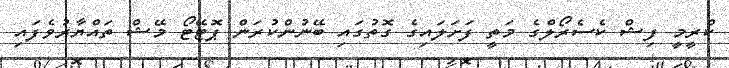
ކްރީމީ ފިޝް ކެސެރޯލްގެ މަތީ ފަށަލައިގެ ގޮތުގައި ބޭނުންކުރަން ޕޮޓޭޓޯ މޭޝް ތައްޔާރުވެފައި